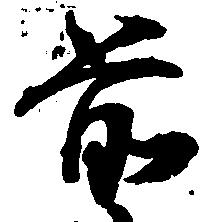
前